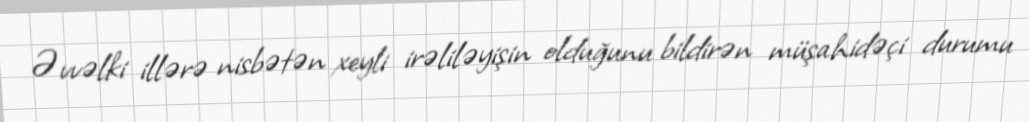
Əvvəlki illərə nisbətən xeyli irəliləyişin olduğunu bildirən müşahidəçi durumu